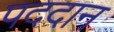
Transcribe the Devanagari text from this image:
पददान